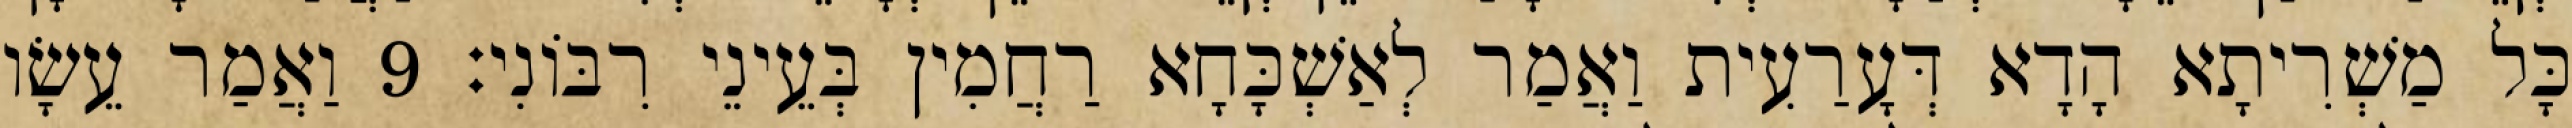
כָּל מַשְׁרִיתָא הָדָא דְּעָרַעִית וַאֲמַר לְאַשְׁכָּחָא רַחֲמִין בְּעֵינֵי רִבּוֹנִי׃ 9 וַאֲמַר עֵשָׂו